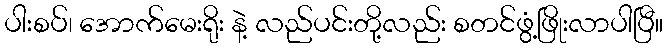
ပါးစပ်၊ အောက်မေးရိုး နဲ့ လည်ပင်းတို့လည်း စတင်ဖွံ့ဖြိုးလာပါပြီ။